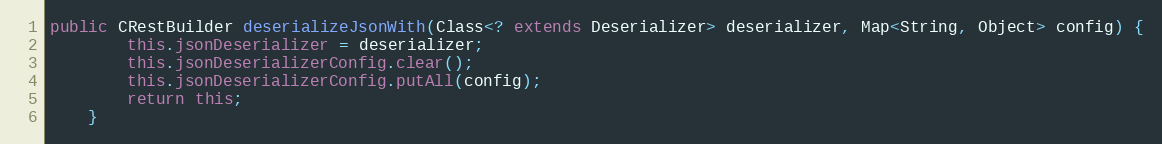
Language: Java
public CRestBuilder deserializeJsonWith(Class<? extends Deserializer> deserializer, Map<String, Object> config) {
        this.jsonDeserializer = deserializer;
        this.jsonDeserializerConfig.clear();
        this.jsonDeserializerConfig.putAll(config);
        return this;
    }